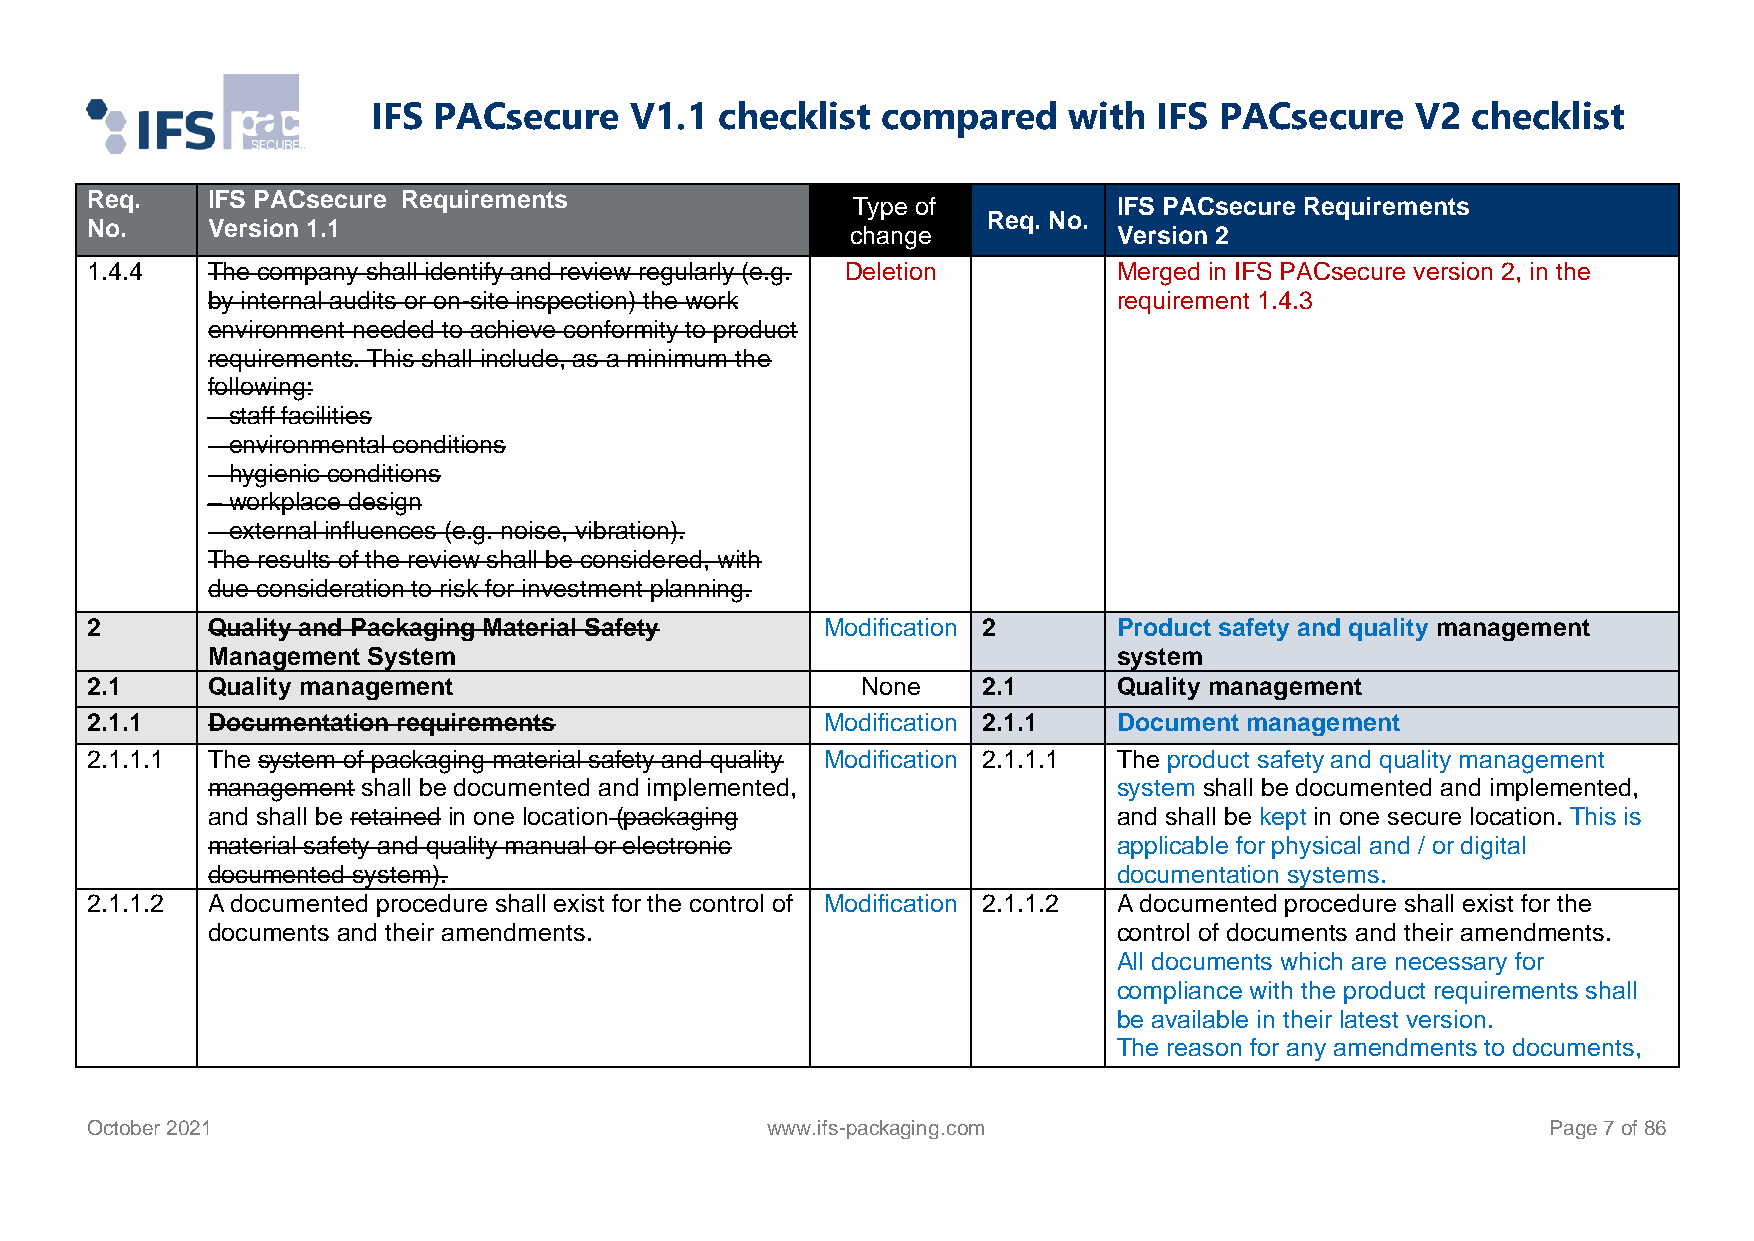
IFS PACsecure    V1.1  checklist compared     with  IFS PACsecure    V2 checklist
 Req.    IFS PACsecure Requirements
 Type of           IFS PACsecure Requirements
 Req. No.
 No.     Version 1.1                               change            Version 2
 1.4.4   The company shall identify and review regularly (e.g. Deletion Merged in IFS PACsecure version 2, in the
 by internal audits or on-site inspection) the work          requirement 1.4.3
 environment needed to achieve conformity to product
 requirements. This shall include, as a minimum the
 following:
 – staff facilities
 – environmental conditions
 – hygienic conditions
 – workplace design
 – external influences (e.g. noise, vibration).
 The results of the review shall be considered, with
 due consideration to risk for investment planning.
 2       Quality and Packaging Material Safety    Modification 2     Product safety and quality management
 Management System                                           system
 2.1     Quality management                         None    2.1      Quality management
 2.1.1   Documentation requirements               Modification 2.1.1 Document management
 2.1.1.1 The system of packaging material safety and quality Modification 2.1.1.1 The product safety and quality management
 management shall be documented and implemented,             system shall be documented and implemented,
 and shall be retained in one location (packaging            and shall be kept in one secure location. This is
 material safety and quality manual or electronic            applicable for physical and / or digital
 documented system).                                         documentation systems.
 2.1.1.2 A documented procedure shall exist for the control of Modification 2.1.1.2 A documented procedure shall exist for the
 documents and their amendments.                             control of documents and their amendments.
 All documents which are necessary for
 compliance with the product requirements shall
 be available in their latest version.
 The reason for any amendments to documents,
 October 2021                                 www.ifs-packaging.com                               Page 7 of 86